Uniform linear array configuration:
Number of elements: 16
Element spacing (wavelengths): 1
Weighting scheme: cosine
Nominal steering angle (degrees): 0
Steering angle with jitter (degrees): -1.118
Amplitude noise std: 0.05
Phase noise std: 0.05

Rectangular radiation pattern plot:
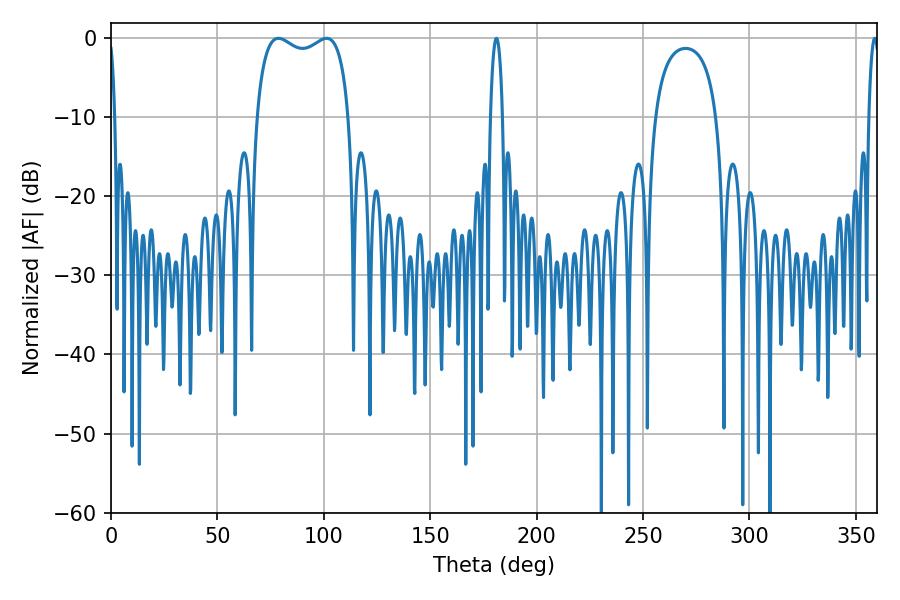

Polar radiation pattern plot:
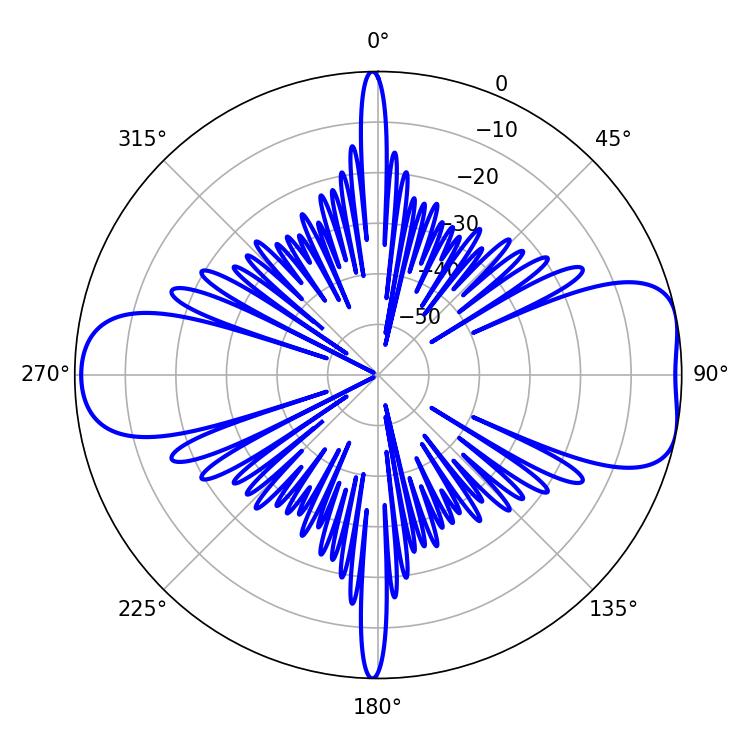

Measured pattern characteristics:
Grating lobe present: TRUE
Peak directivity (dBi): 8.174
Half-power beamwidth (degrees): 35.64
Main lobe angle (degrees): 78.66